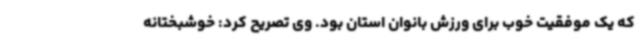
که یک موفقیت خوب برای ورزش بانوان استان بود. وی تصریح کرد: خوشبختانه